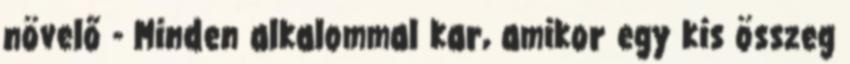
növelő - Minden alkalommal kar, amikor egy kis összeg